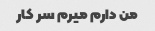
من دارم میرم سر کار